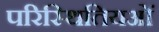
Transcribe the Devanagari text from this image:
परिस्थितियओं